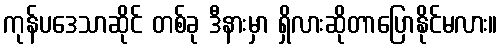
ကုန်ပဒေသာဆိုင် တစ်ခု ဒီနားမှာ ရှိလားဆိုတာပြောနိုင်မလား။